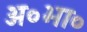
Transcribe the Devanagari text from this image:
अ०भा०